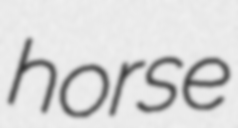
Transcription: horse